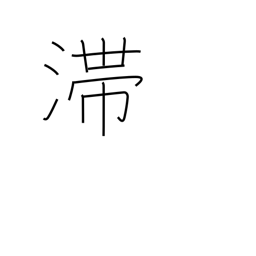
Meaning: stagnate